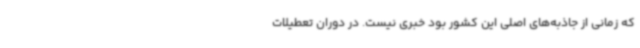
که زمانی از جاذبه‌های اصلی این کشور بود خبری نیست. در دوران تعطیلات